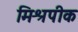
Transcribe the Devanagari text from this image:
मिश्रपीक